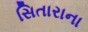
સિતારાના